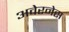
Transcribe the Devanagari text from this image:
अवेरनेस